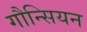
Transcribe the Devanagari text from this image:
गौन्सियन